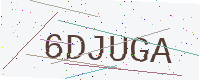
Text: 6DJUGA